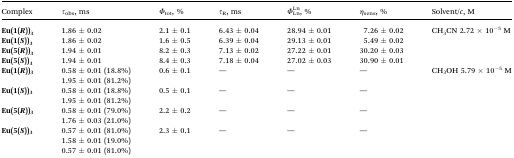
<table><thead><tr><td><b>Complex</b></td><td><b><i>τ</i><sub>obs</sub>, ms</b></td><td><b><i>Φ</i><sub>tot</sub>, %</b></td><td><b><i>τ</i><sub>R</sub>, ms</b></td><td><b><i>Φ</i> Ln Ln , %</b></td><td><b><i>η</i><sub>sens</sub>, %</b></td><td><b>Solvent/<i>c</i>, M</b></td></tr></thead><tbody><tr><td><b>Eu(1(<i>R</i>))<sub>3</sub></b></td><td>1.86 ± 0.02</td><td>2.1 ± 0.1</td><td>6.43 ± 0.04</td><td>28.94 ± 0.01</td><td>7.26 ± 0.02</td><td rowspan="4">CH<sub>3</sub>CN 2.72 × 10<sup>–5</sup> M</td></tr><tr><td><b>Eu(1(<i>S</i>))<sub>3</sub></b></td><td>1.86 ± 0.02</td><td>1.6 ± 0.5</td><td>6.39 ± 0.04</td><td>29.13 ± 0.01</td><td>5.49 ± 0.02</td></tr><tr><td><b>Eu(5(<i>R</i>))<sub>3</sub></b></td><td>1.94 ± 0.01</td><td>8.2 ± 0.3</td><td>7.13 ± 0.02</td><td>27.22 ± 0.01</td><td>30.20 ± 0.03</td></tr><tr><td><b>Eu(5(<i>S</i>))<sub>3</sub></b></td><td>1.94 ± 0.01</td><td>8.4 ± 0.3</td><td>7.18 ± 0.04</td><td>27.02 ± 0.03</td><td>30.90 ± 0.01</td></tr><tr><td rowspan="2"><b>Eu(1(<i>R</i>))<sub>3</sub></b></td><td>0.58 ± 0.01 (18.8%)</td><td rowspan="2">0.6 ± 0.1</td><td rowspan="2">—</td><td rowspan="2">—</td><td rowspan="2">—</td><td rowspan="9">CH<sub>3</sub>OH 5.79 × 10<sup>–5</sup> M</td></tr><tr><td>1.95 ± 0.01 (81.2%)</td></tr><tr><td rowspan="2"><b>Eu(1(<i>S</i>))<sub>3</sub></b></td><td>0.58 ± 0.01 (18.8%)</td><td rowspan="2">0.5 ± 0.1</td><td rowspan="2">—</td><td rowspan="2">—</td><td rowspan="2">—</td></tr><tr><td>1.95 ± 0.01 (81.2%)</td></tr><tr><td rowspan="2"><b>Eu(5(<i>R</i>))<sub>3</sub></b></td><td>0.58 ± 0.01 (79.0%)</td><td rowspan="2">2.2 ± 0.2</td><td rowspan="2">—</td><td rowspan="2">—</td><td rowspan="2">—</td></tr><tr><td>1.76 ± 0.03 (21.0%)</td></tr><tr><td rowspan="3"><b>Eu(5(<i>S</i>))<sub>3</sub></b></td><td>0.57 ± 0.01 (81.0%)</td><td rowspan="3">2.3 ± 0.1</td><td rowspan="3">—</td><td rowspan="3">—</td><td rowspan="3">—</td></tr><tr><td>1.58 ± 0.01 (19.0%)</td></tr><tr><td>0.57 ± 0.01 (81.0%)</td></tr></tbody></table>